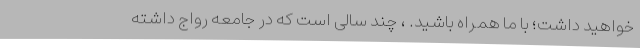
خواهید داشت؛ با ما همراه باشید. ، چند سالی است که در جامعه رواج داشته